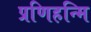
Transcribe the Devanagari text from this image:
प्रणिहन्मि